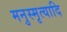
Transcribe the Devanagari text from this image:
मनुस्मृत्यादि